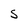
Character: S